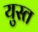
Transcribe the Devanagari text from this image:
युस्त